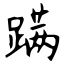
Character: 蹒